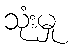
သုံးမှု